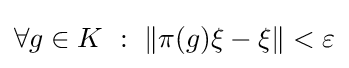
\forall g\in K\ :\ \left\|\pi (g)\xi -\xi \right\|<\varepsilon